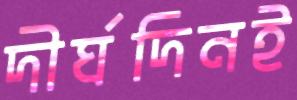
দীর্ঘদিনই